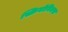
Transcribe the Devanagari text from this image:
स्क्रिबोनियस